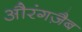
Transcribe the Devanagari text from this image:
औरंगज़ैब